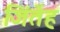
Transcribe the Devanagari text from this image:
जिंतेंह